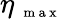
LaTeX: \eta_{\mathrm{~\scriptsize~m~a~x~}}